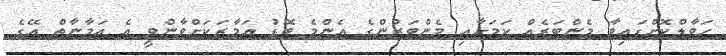
ހަވާލްކޮށްފައިވާ މެންބަރެއް ކަމަށާއި މެންބަރުންގެ އެންމެ ބޮޑު އަމާޒަކަށްވާންވީ އެ އަމާނާތް އޭގެ